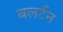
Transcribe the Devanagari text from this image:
बलर्टन